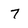
Character: 7